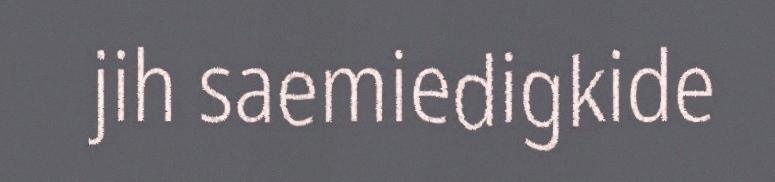
jih saemiedigkide